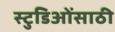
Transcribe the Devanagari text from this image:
स्टुडिओंसाठी